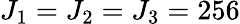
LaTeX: J_{1}=J_{2}=J_{3}=256